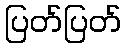
ပြတ်ပြတ်